King Institute of Preventive Medicine Micro-Biological Section reports 1912-19
Year: 1912
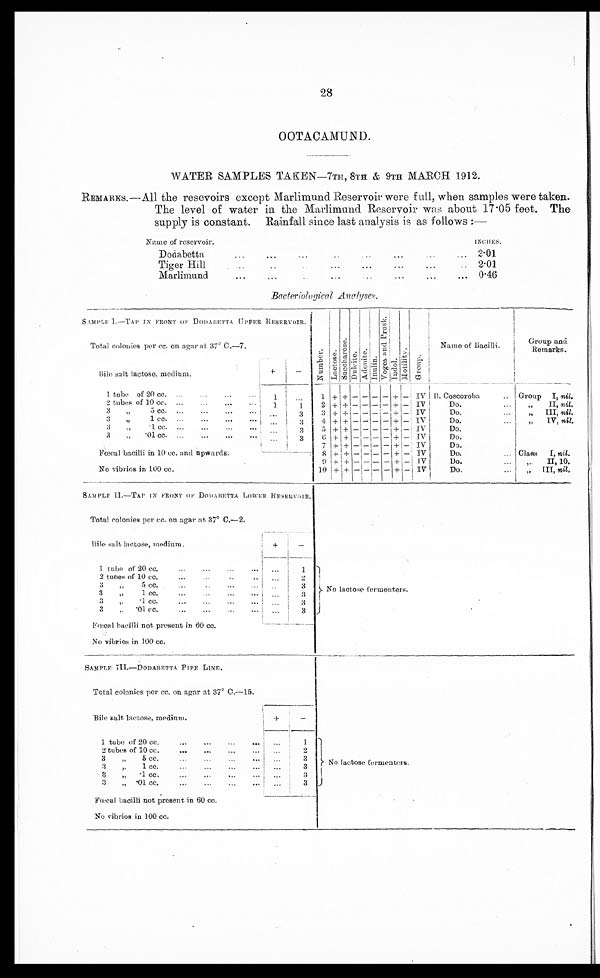
28
OOTACAMUND.
WATER SAMPLES TAKEN—7TH, 8TH & 9TH MARCH 1912.
REMARKS.—All the resevoirs except Marlimund Reservoir were full, when samples were taken.
The level of water in the Marlimund Reservoir was about 17.05 feet. The
supply is constant. Rainfall, since last analysis is as follows :—
Name of reservoir.
INCHES.
Dodabetta
. . .
. . .
. . .
. . .
. . .
. . .
. . .
. . . 2.01
Ti ger Hi l l
. . .
. . .
. . . ...
...
...
...
. . . 2.01
Marlimund
...
...
. . .
. . .
. . . ...
. . .
... 0.46
Bacteriological Analyses.
SAMPLE I.—TAP IN FRONT OF DODABETTA UPPER RESERVOIR.
N u m b e r .
L a c t o s e .
S a c c h a r o s e .
D u l c i t e .
A d o n i t e . I nul i n.
V o g e s a n d P r o s k .
I ndol .
Mo t i l i t y .
Gr o u p .
Name of Bacilli.
Group and
Remarks.
Total colonies per cc. on agar at 37º C.—7.
Bile salt lactose. medium.
+
-
1 tube of 20 cc.
...
...
1 . . .
1 + +
- - - - + -
IV B. Coscoroba
.. Group I, nil.
2 tubes of 10 cc. ...
...
. . .
1
1
2 + + - - - - + - IV
Do. ...
„
II, nil.
3
„ 5 c c . . . . . . . . . . . . .
. . . 3
3 + + - - - - + - IV
Do.
...
„
III, nil.
3
„
1 cc.
...
...
. . . ...
3
4 + + - - - - + - IV
Do.
„.
„ IV, nil.
3
„
. 1 c c . . . . . . . . . . . . .
. . .
3
5 + + - - - - + - IV
Do.
3 „ .01 cc. ...
... ... ... ...
. . . 3
6 +
+
- - - - + -
IV
Do.
7
+
+
- - - - + - IV
Do.
Fœcal bacilli in 10 cc. and upwards.
8
+ + - - - - + - IV
Do.
... Class I, nil.
9
+ + - - - - + - IV
Do.
„ I I , 1 0 .
No vibrios in 100 cc. 10 + + -
- -
- + - IV
Do.
„ III, nil.
SAMPLE II.—TAP IN FRONT OF DODABETTA L O W E R R E S E R V O I R .
Total colonies per cc. on agar at. 37º C.—2.
Bile salt lactose, medium.
+
-
1. tube of 20 cc. ... ...
...
1
No lactose fermenters.
2 tubes of 10 cc.
...
...
..
. . .
2
3„
5 cc. . . . . . . . . .
.. 3
3 „ 1. cc. ... ...
. . . 3
3
„ . 1 c c .
. . .
. . .
. . . .
... 3
3
.01 cc. ... ...
...
3
Fœcal bacilli not present in 60 cc.
No vibrios in 100 cc.
SAMPLE III.—DODABETTA PIPE LINE.
Total colonies per cc. on agar at 37º C.—15.
Bile salt lactose, medium.
+
-
1 tube of 20 cc.
...
...
...
. . .
. . .
1
No lactose formenters.
2 tubes of 10 cc.
...
...
...
. . .
. . .
2
3
„
5 c c . . . . . . . . . .
...
3
3 „
1 c c . . . . . . . . . .
...
3
3 „
. 1 c c .
. . .
. . .
. . .
. . .
. . .
3
3
„ . 0 1 c c .
. . .
. . .
3
Fœcal bacilli not present in 60 cc.
No vibrios in 100 cc.